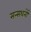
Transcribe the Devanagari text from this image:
सन्सथनों